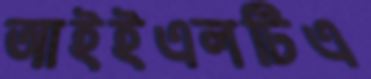
আইইএলটিএ